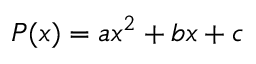
P ( x ) = a x ^ { 2 } + b x + c